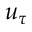
u _ { \tau }